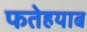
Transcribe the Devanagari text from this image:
फतेहयाब